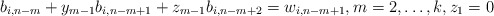
\begin{align*}b_{i,n-m}+y_{m-1}b_{i,n-m+1}+z_{m-1}b_{i,n-m+2}=w_{i,n-m+1}, m=2,\ldots,k, z_1=0\end{align*}